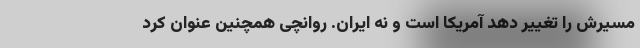
مسیرش را تغییر دهد آمریکا است و نه ایران. روانچی همچنین عنوان کرد